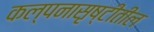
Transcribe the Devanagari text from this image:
कल्पनासृष्टीतील